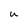
Character: u